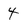
Character: 4